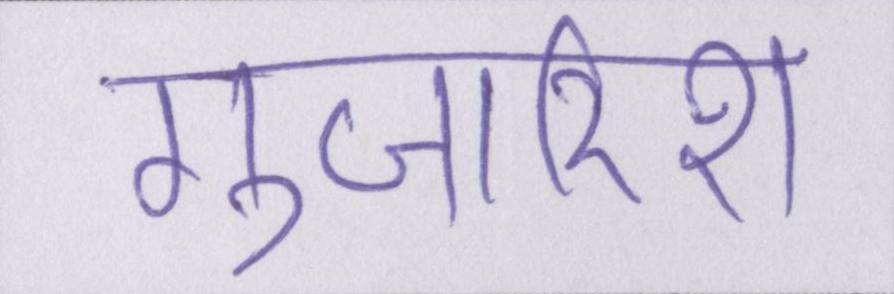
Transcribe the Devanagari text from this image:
गुजारिश